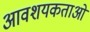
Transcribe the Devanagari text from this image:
आवशयकताओं